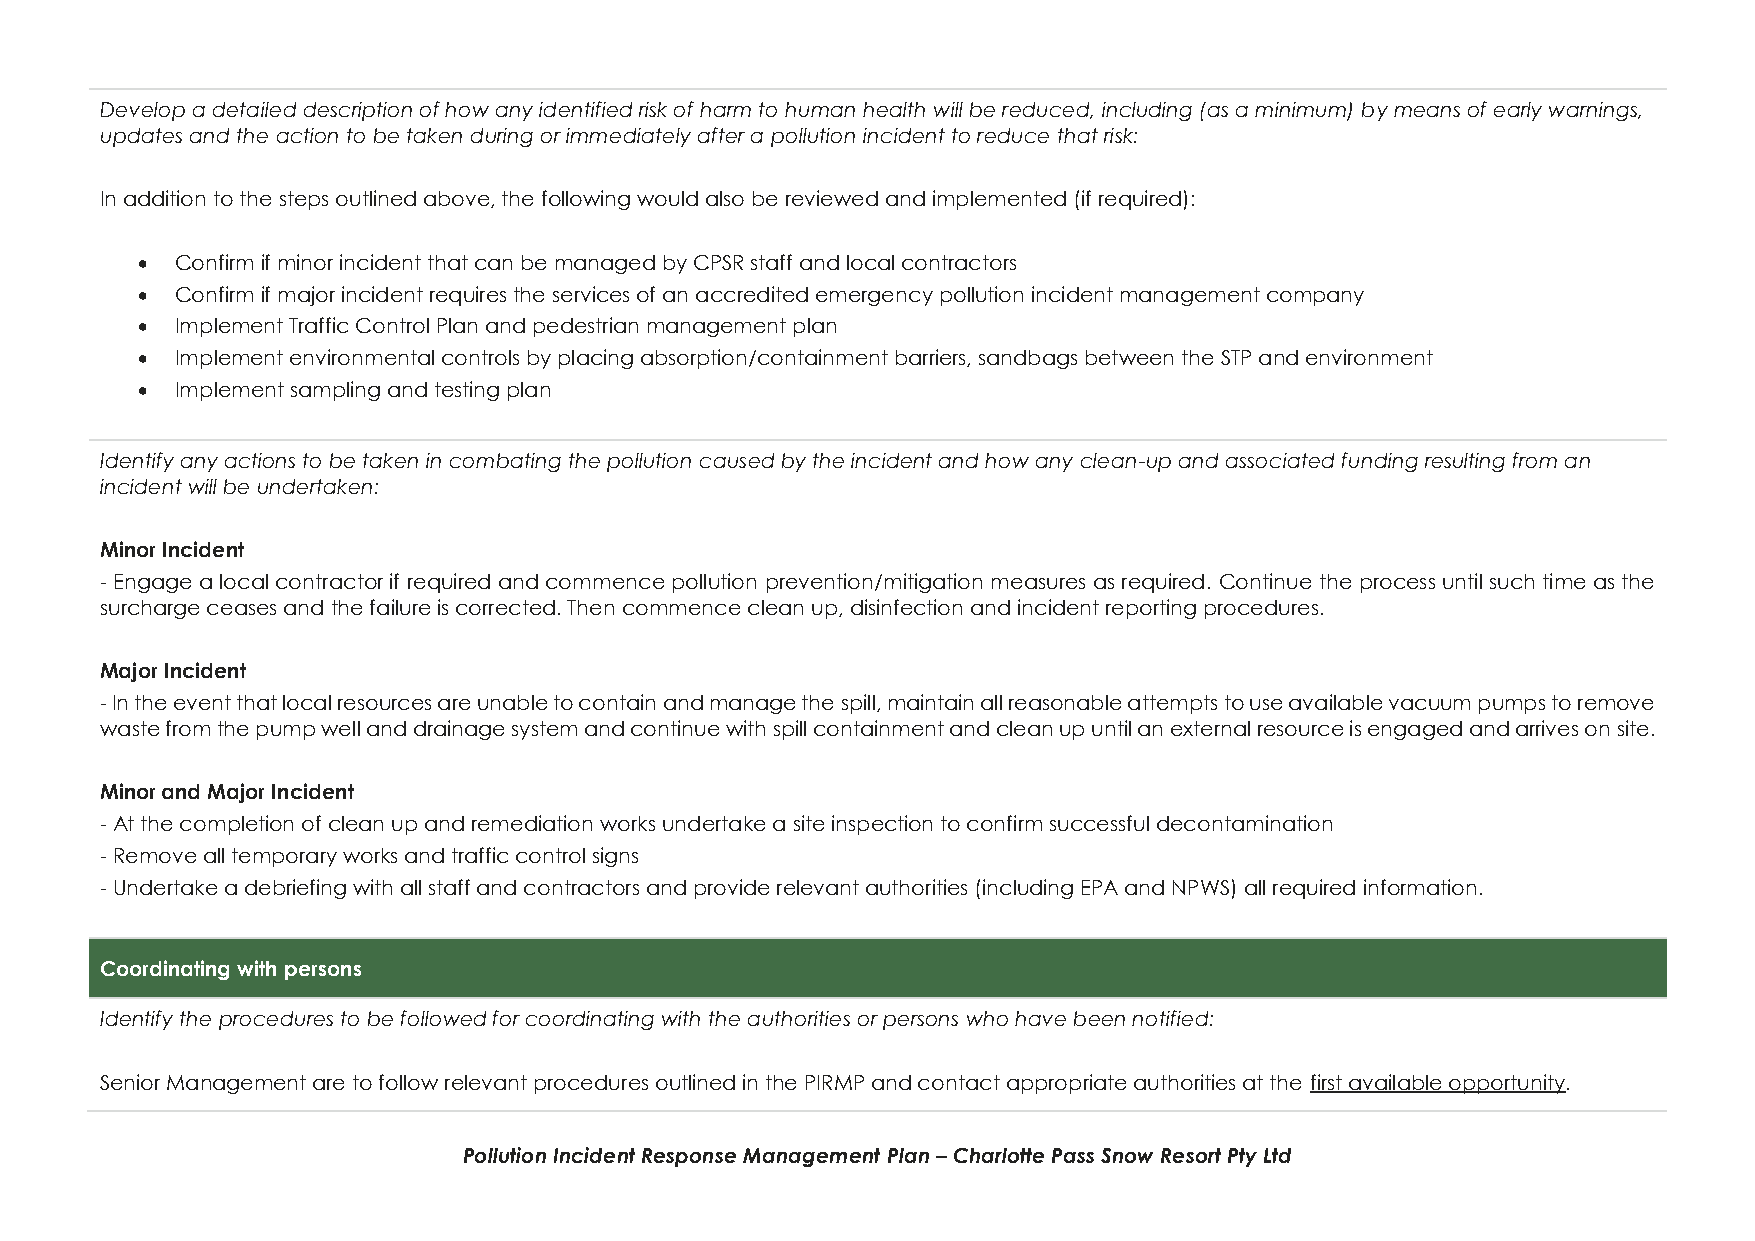
Develop a detailed description of how any identified risk of harm to human health will be reduced, including (as a minimum) by means of early warnings,
 updates and the action to be taken during or immediately after a pollution incident to reduce that risk:
 In addition to the steps outlined above, the following would also be reviewed and implemented (if required):
 •  Confirm if minor incident that can be managed by CPSR staff and local contractors
 •  Confirm if major incident requires the services of an accredited emergency pollution incident management company
 •  Implement Traffic Control Plan and pedestrian management plan
 •  Implement environmental controls by placing absorption/containment barriers, sandbags between the STP and environment
 •  Implement sampling and testing plan
 Identify any actions to be taken in combating the pollution caused by the incident and how any clean-up and associated funding resulting from an
 incident will be undertaken:
 Minor Incident
 - Engage a local contractor if required and commence pollution prevention/mitigation measures as required. Continue the process until such time as the
 surcharge ceases and the failure is corrected. Then commence clean up, disinfection and incident reporting procedures.
 Major Incident
 - In the event that local resources are unable to contain and manage the spill, maintain all reasonable attempts to use available vacuum pumps to remove
 waste from the pump well and drainage system and continue with spill containment and clean up until an external resource is engaged and arrives on site.
 Minor and Major Incident
 - At the completion of clean up and remediation works undertake a site inspection to confirm successful decontamination
 - Remove all temporary works and traffic control signs
 - Undertake a debriefing with all staff and contractors and provide relevant authorities (including EPA and NPWS) all required information.
 Coordinating with persons
 Identify the procedures to be followed for coordinating with the authorities or persons who have been notified:
 Senior Management are to follow relevant procedures outlined in the PIRMP and contact appropriate authorities at the first available opportunity.
 Pollution Incident Response Management Plan – Charlotte Pass Snow Resort Pty Ltd